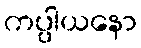
ကပ္ပါယနော